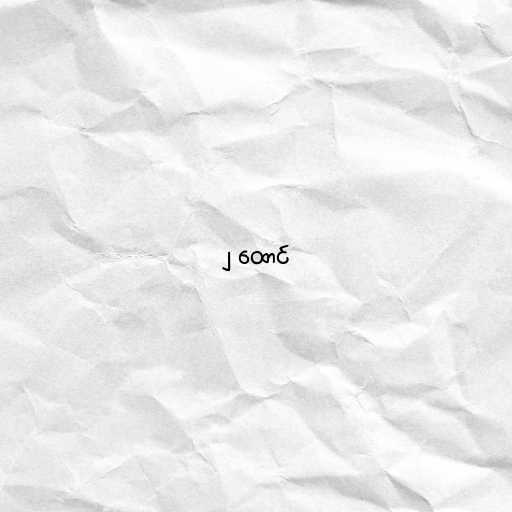
၂ ထောင်